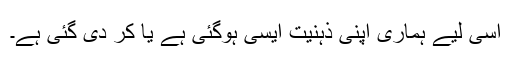
اسی لیے ہماری اپنی ذہنیت ایسی ہوگئی ہے یا کر دی گئی ہے۔